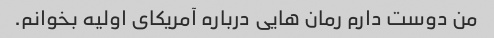
من دوست دارم رمان هایی درباره آمریکای اولیه بخوانم.